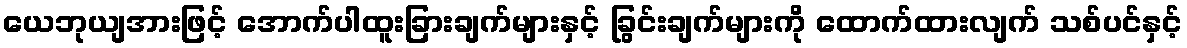
ယေဘုယျအားဖြင့် အောက်ပါထူးခြားချက်များနှင့် ခြွင်းချက်များကို ထောက်ထားလျက် သစ်ပင်နှင့်